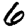
Digit: 6